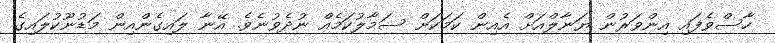
ހާސްވެފައި އިންވަރުން ޔަނާލްއަށް އެއިން ކަމަކަށް ސަމާލުކަމެއް ނުދެވުނެވެ. އޭނާ ލައިގެންއިން މަޑުނޫކުލައިގެ